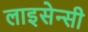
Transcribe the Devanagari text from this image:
लाइसेन्सी